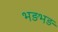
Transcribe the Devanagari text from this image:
भड़भड़